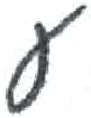
אות: ע